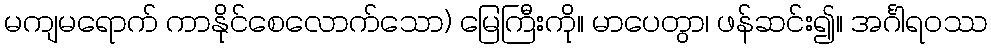
မကျမရောက် ကာနိုင်စေလောက်သော) မြေကြီးကို။ မာပေတွာ၊ ဖန်ဆင်း၍။ အင်္ဂါရဝဿ